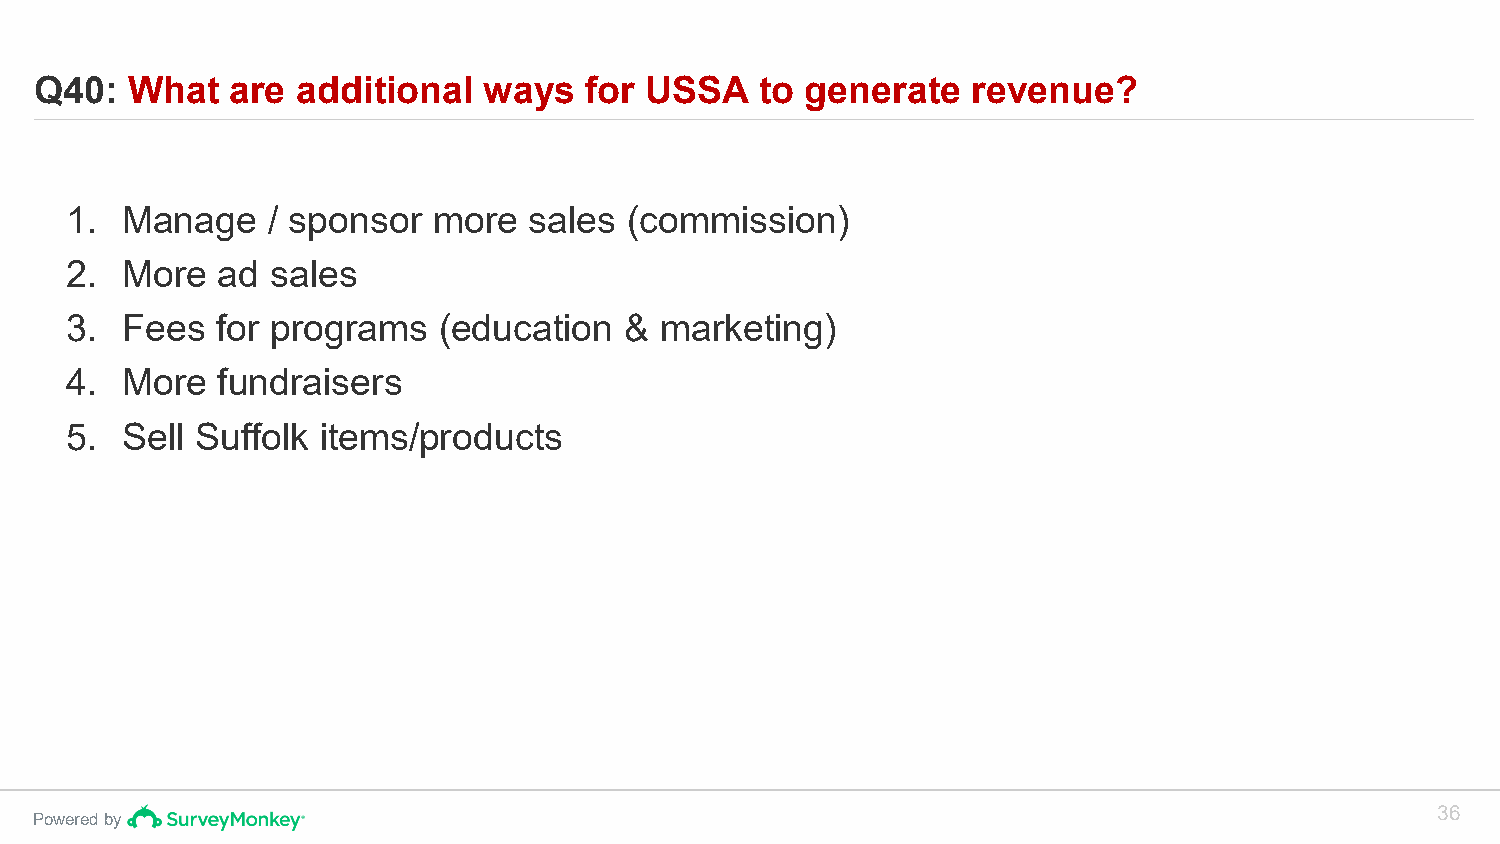
Q40:  What   are  additional  ways   for USSA   to generate   revenue?
 1.  Manage    / sponsor  more  sales (commission)
 2.  More  ad  sales
 3.  Fees  for programs   (education  &  marketing)
 4.  More  fundraisers
 5.  Sell Suffolk items/products
 36
 Powered by